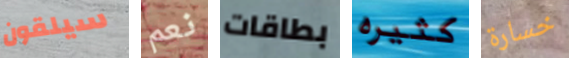
سيلقون نعم بطاقات كثيره خسارة